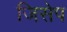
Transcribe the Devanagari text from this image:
जिसेप